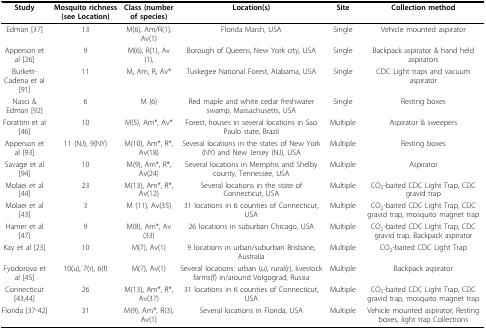
| Study | Mosquito richness (see Location) | Class (number of species) | Location(s) | Site | Collection method |
 | --- | --- | --- | --- | --- | --- |
 | Edman [37] | 13 | M(6), Am/R(1), Av(1) | Florida Marsh, USA | Single | Vehicle mounted aspirator |
 | Apperson et al [26] | 9 | M(6), R(1), Av(1), | Borough of Queens, New York city, USA | Single | Backpack aspirator & hand held aspirators |
 | Burkett-Cadena et al [91] | 11 | M, Am, R, Av* | Tuskegee National Forest, Alabama, USA | Single | CDC Light traps and vacuum aspirator |
 | Nasci & Edman [92] | 6 | M (6) | Red maple and white cedar freshwater swamp, Massachusetts, USA | Single | Resting boxes |
 | Forattini et al [46] | 10 | M(5), Am*, Av* | Forest, houses in several locations in Sao Paulo state, Brazil | Multiple | Aspirator & sweepers |
 | Apperson et al [93] | 11 (NJ), 9(NY) | M(10), Am*, R*, Av(18) | Several locations in the states of New York (NY) and New Jersey (NJ), USA | Multiple | Resting boxes |
 | Savage et al [94] | 10 | M(9), Am*, R*, Av(24) | Several locations in Memphis and Shelby county, Tennessee, USA | Multiple | Aspirator |
 | Molaei et al [44] | 23 | M(13), Am*, R*, Av(12) | Several locations in the state of Connecticut, USA | Multiple | CO2-baited CDC Light Trap, CDC gravid trap |
 | Molaei et al [43] | 3 | M (11), Av(35) | 31 locations in 6 counties of Connecticut, USA | Multiple | CO2-baited CDC Light Trap, CDC gravid trap, mosquito magnet trap |
 | Hamer et al [47] | 9 | M(8), Am*, Av(33) | 26 locations in suburban Chicago, USA | Multiple | CO2-baited CDC Light Trap, CDC gravid trap, Backpack aspirator |
 | Kay et al [23] | 10 | M(7), Av(1) | 9 locations in urban/suburban Brisbane, Australia | Multiple | CO2-baited CDC Light Trap |
 | Fyodorova et al [45] | 10(u), 7(r), 6(f) | M(7), Av(1) | Several locations: urban (u), rural(r), livestock farms(f) in/around Volgograd, Russia | Multiple | Backpack aspirator |
 | Connecticut [43,44] | 26 | M(13), Am*, R*, Av(37) | 31 locations in 6 counties of Connecticut, USA | Multiple | CO2-baited CDC Light Trap, CDC gravid trap, mosquito magnet trap |
 | Florida [37-42] | 31 | M(9), Am*, R(3), Av(1) | Several locations in Florida, USA | Multiple | Vehicle mounted aspirator; Resting boxes, light trap Collections |